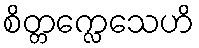
စိတ္တက္လေသေဟိ